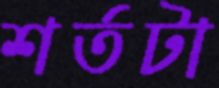
শর্তটা